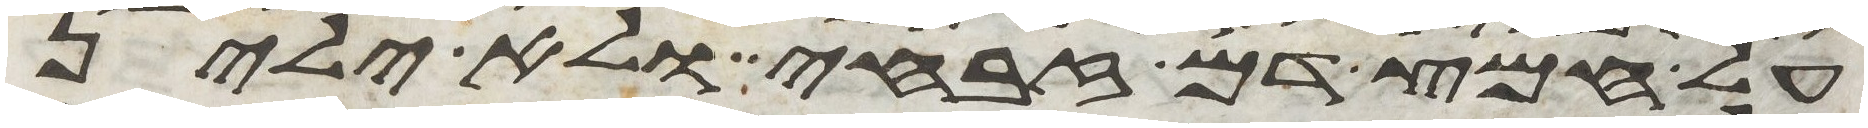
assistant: על חמץ דם זבחי ולא ילין